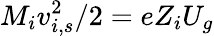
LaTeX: M_{i}v_{i,s}^{2}/2=eZ_{i}U_{g}